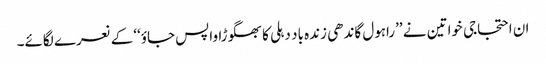
ان احتجاجی خواتین نے ’’راہول گاندھی زندہ باد دہلی کا بھگوڑا واپس جاؤ‘‘ کے نعرے لگائے۔